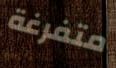
متفرغة